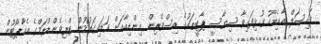
ފައިސަލް އާއިއެކު ގުޅިފައިވާ ސިޔާސީ ޕާޓީތަކުގެ އިސްވެރިން އިންޑިއާއަށް ވަޑައިގަތުމުން ޓްރިވެންޑްރަމްގެ އެއާޕޯޓުން